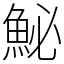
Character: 鮅